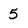
Character: 5